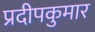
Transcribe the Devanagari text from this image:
प्रदीपकुमार